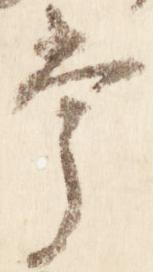
嘗